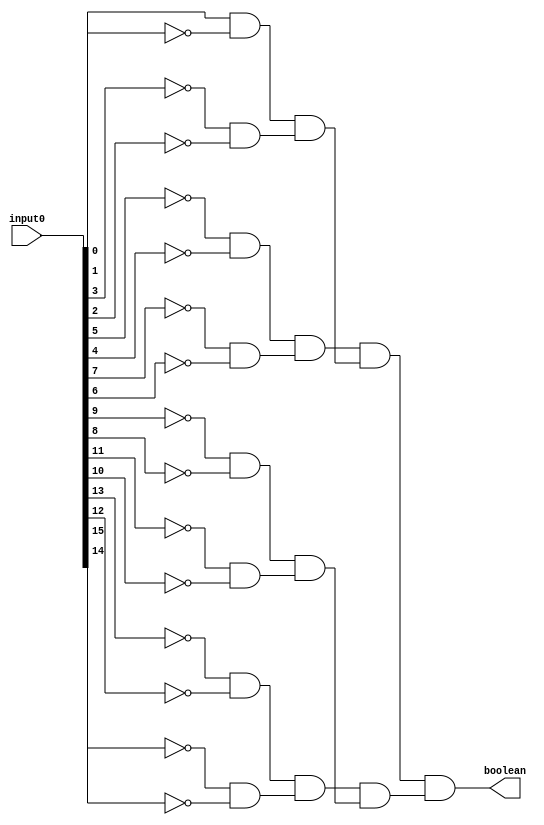
/* Generated by Yosys 0.28+1 (git sha1 a9c792dce, clang 10.0.0-4ubuntu1 -fPIC -Os) */

(* hdlname = "\\\\equal_to_one" *)
(* top =  1  *)
(* src = "equal_to_one.v:3.1-16.10" *)
module equal_to_one(input0, boolean);
  wire _000_;
  wire _001_;
  wire _002_;
  wire _003_;
  wire _004_;
  wire _005_;
  wire _006_;
  wire _007_;
  wire _008_;
  wire _009_;
  wire _010_;
  wire _011_;
  wire _012_;
  wire _013_;
  (* src = "equal_to_one.v:5.16-5.23" *)
  wire _014_;
  (* src = "equal_to_one.v:4.18-4.24" *)
  wire _015_;
  (* src = "equal_to_one.v:4.18-4.24" *)
  wire _016_;
  (* src = "equal_to_one.v:4.18-4.24" *)
  wire _017_;
  (* src = "equal_to_one.v:4.18-4.24" *)
  wire _018_;
  (* src = "equal_to_one.v:4.18-4.24" *)
  wire _019_;
  (* src = "equal_to_one.v:4.18-4.24" *)
  wire _020_;
  (* src = "equal_to_one.v:4.18-4.24" *)
  wire _021_;
  (* src = "equal_to_one.v:4.18-4.24" *)
  wire _022_;
  (* src = "equal_to_one.v:4.18-4.24" *)
  wire _023_;
  (* src = "equal_to_one.v:4.18-4.24" *)
  wire _024_;
  (* src = "equal_to_one.v:4.18-4.24" *)
  wire _025_;
  (* src = "equal_to_one.v:4.18-4.24" *)
  wire _026_;
  (* src = "equal_to_one.v:4.18-4.24" *)
  wire _027_;
  (* src = "equal_to_one.v:4.18-4.24" *)
  wire _028_;
  (* src = "equal_to_one.v:4.18-4.24" *)
  wire _029_;
  (* src = "equal_to_one.v:4.18-4.24" *)
  wire _030_;
  wire _031_;
  wire _032_;
  wire _033_;
  wire _034_;
  wire _035_;
  wire _036_;
  wire _037_;
  wire _038_;
  wire _039_;
  wire _040_;
  wire _041_;
  wire _042_;
  wire _043_;
  wire _044_;
  wire _045_;
  wire _046_;
  wire _047_;
  wire _048_;
  wire _049_;
  wire _050_;
  wire _051_;
  wire _052_;
  wire _053_;
  wire _054_;
  wire _055_;
  wire _056_;
  wire _057_;
  wire _058_;
  wire _059_;
  wire _060_;
  wire _061_;
  wire _062_;
  wire _063_;
  wire _064_;
  wire _065_;
  wire _066_;
  wire _067_;
  wire _068_;
  wire _069_;
  wire _070_;
  wire _071_;
  wire _072_;
  wire _073_;
  wire _074_;
  (* src = "equal_to_one.v:5.16-5.23" *)
  output boolean;
  wire boolean;
  (* src = "equal_to_one.v:4.18-4.24" *)
  input [15:0] input0;
  wire [15:0] input0;
  assign _031_ = ~_022_;
  assign _032_ = ~_024_;
  assign _033_ = ~_023_;
  assign _034_ = ~_026_;
  assign _035_ = ~_025_;
  assign _036_ = ~_028_;
  assign _037_ = ~_027_;
  assign _038_ = ~_030_;
  assign _039_ = ~_029_;
  assign _040_ = ~_017_;
  assign _041_ = ~_016_;
  assign _042_ = ~_019_;
  assign _043_ = ~_018_;
  assign _044_ = ~_021_;
  assign _045_ = ~_020_;
  assign _046_ = ~(_034_ & _035_);
  assign _047_ = ~_046_;
  assign _048_ = ~(_036_ & _037_);
  assign _049_ = ~_048_;
  assign _050_ = ~(_047_ & _049_);
  assign _051_ = ~_050_;
  assign _052_ = ~(_015_ & _031_);
  assign _053_ = ~_052_;
  assign _054_ = ~(_032_ & _033_);
  assign _055_ = ~_054_;
  assign _056_ = ~(_053_ & _055_);
  assign _057_ = ~_056_;
  assign _058_ = ~(_051_ & _057_);
  assign _059_ = ~_058_;
  assign _060_ = ~(_042_ & _043_);
  assign _061_ = ~_060_;
  assign _062_ = ~(_044_ & _045_);
  assign _063_ = ~_062_;
  assign _064_ = ~(_061_ & _063_);
  assign _065_ = ~_064_;
  assign _066_ = ~(_038_ & _039_);
  assign _067_ = ~_066_;
  assign _068_ = ~(_040_ & _041_);
  assign _069_ = ~_068_;
  assign _070_ = ~(_067_ & _069_);
  assign _071_ = ~_070_;
  assign _072_ = ~(_065_ & _071_);
  assign _073_ = ~_072_;
  assign _074_ = ~(_059_ & _073_);
  assign _014_ = ~_074_;
  assign _015_ = input0[0];
  assign _022_ = input0[1];
  assign _024_ = input0[3];
  assign _023_ = input0[2];
  assign _026_ = input0[5];
  assign _025_ = input0[4];
  assign _028_ = input0[7];
  assign _027_ = input0[6];
  assign _030_ = input0[9];
  assign _029_ = input0[8];
  assign _017_ = input0[11];
  assign _016_ = input0[10];
  assign _019_ = input0[13];
  assign _018_ = input0[12];
  assign _021_ = input0[15];
  assign _020_ = input0[14];
  assign boolean = _014_;
endmodule